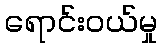
ရောင်းဝယ်မှု